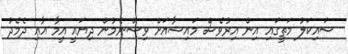
ސައިކަލު މަތީގައި އިން އިރުވެސް މައިޝާއަށް ވިސްނެމުން ދިޔައީ އީމާ އާއި ދެމެދު